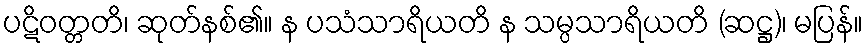
ပဋိဝတ္တတိ၊ ဆုတ်နစ်၏။ န ပသံသာရိယတိ န သမ္ပသာရိယတိ (ဆဋ္ဌ)၊ မပြန်။